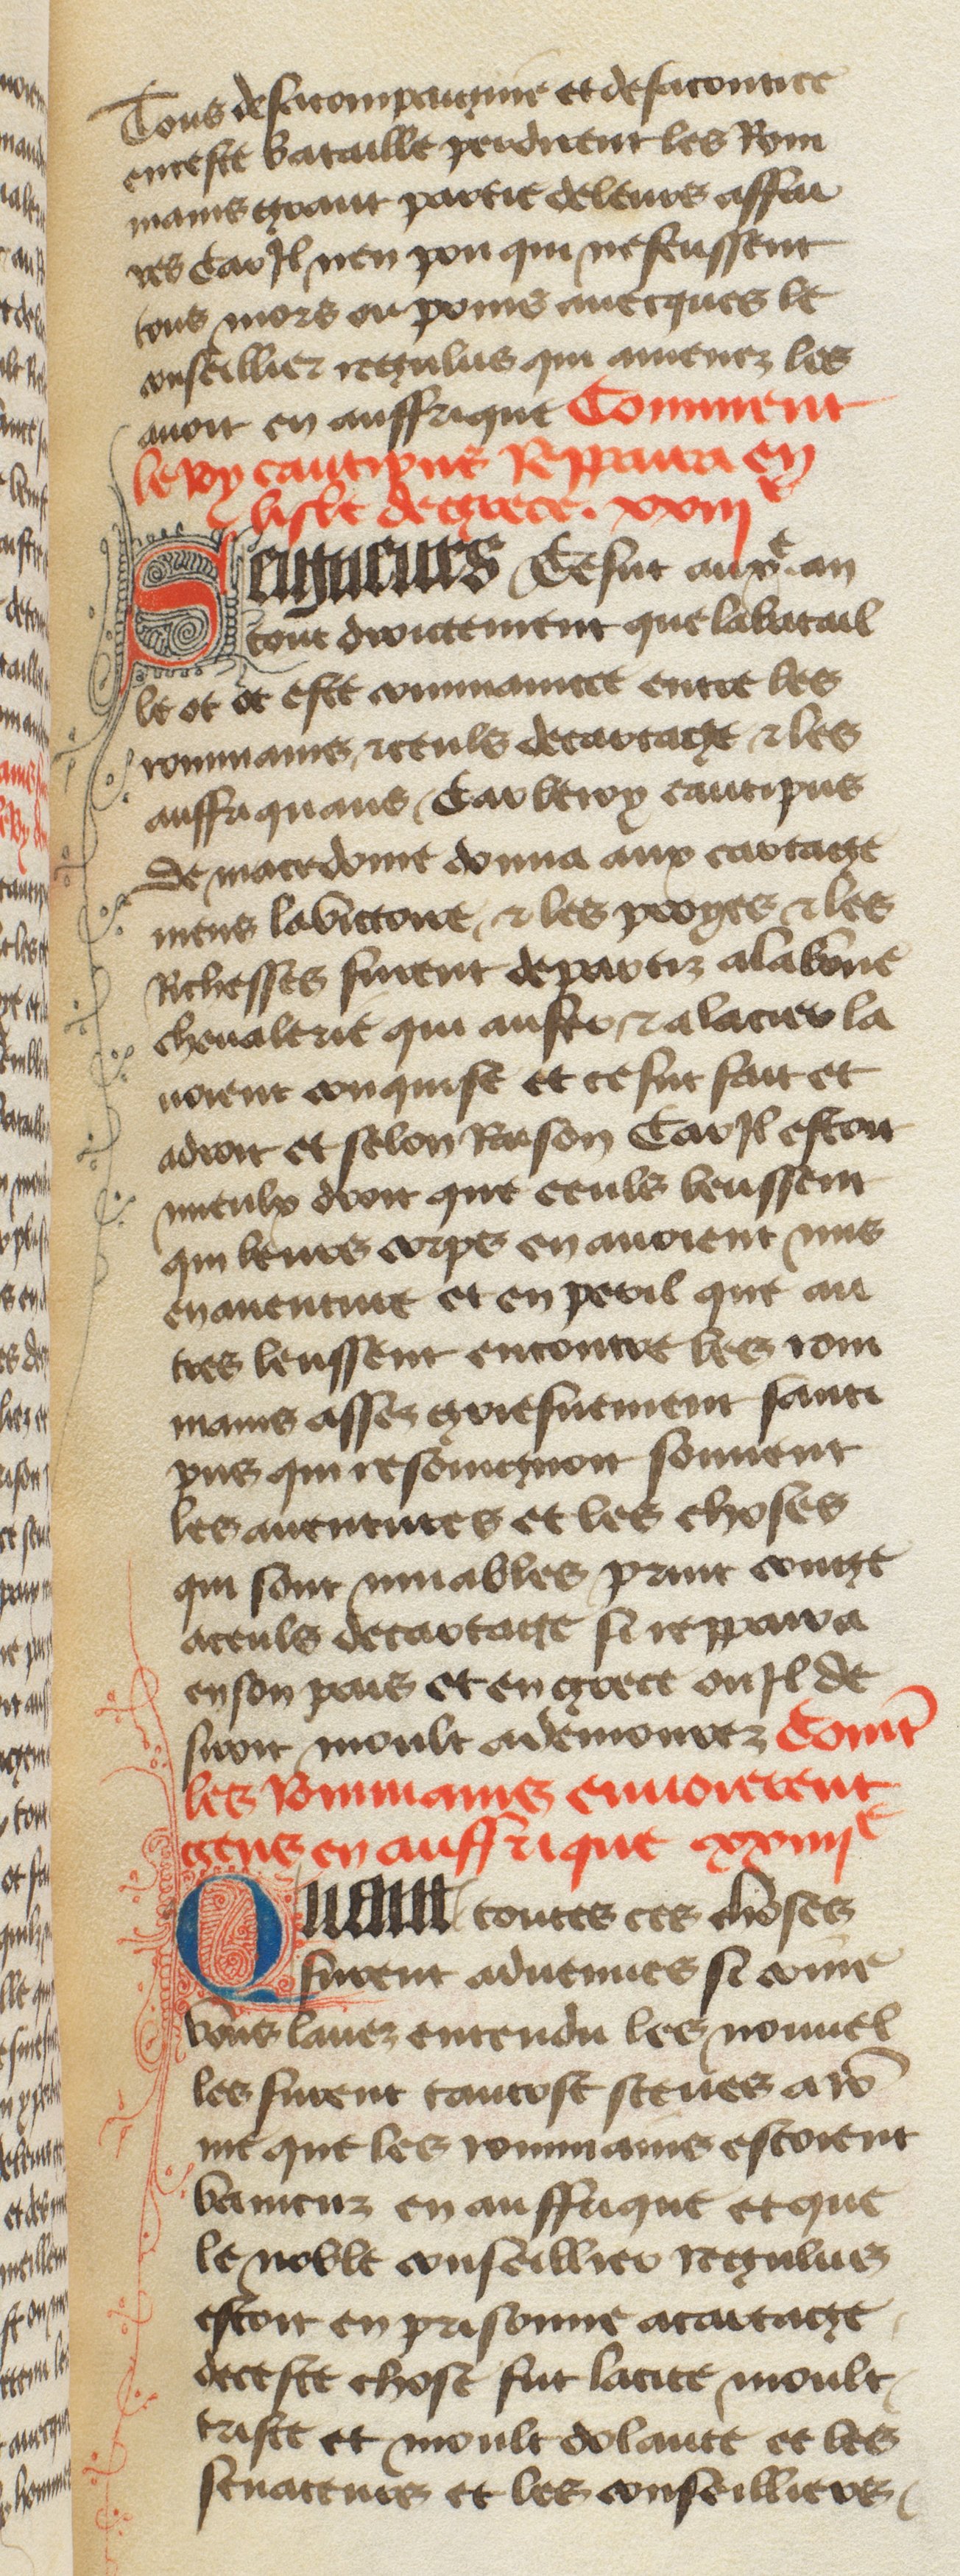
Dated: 1400–1449